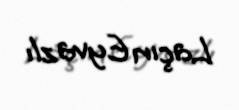
Laçın Eyvazlı